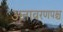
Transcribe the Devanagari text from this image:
अनावरणपश्च